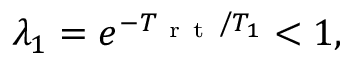
\lambda _ { 1 } = e ^ { - T _ { \mathrm { ~ r ~ t ~ } } / T _ { 1 } } < 1 ,